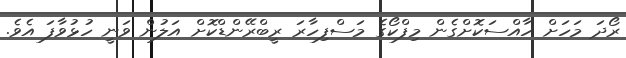
ރޯދަ މަހަށް ހާއްސަކޮށްގެން މިފްކޯގެ މަސްފިހާރަ ރީބްރޭންޑްކޮށް އަލުން ވަނީ ހުޅުވާފަ އެވެ.